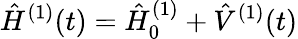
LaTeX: \hat{H}^{(1)}(t)=\hat{H}_{0}^{(1)}+\hat{V}^{(1)}(t)